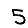
Digit: 5